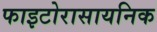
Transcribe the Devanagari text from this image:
फाइटोरासायनिक